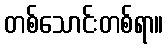
တစ်သောင်းတစ်ရာ။